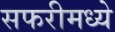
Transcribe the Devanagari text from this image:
सफरीमध्ये